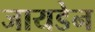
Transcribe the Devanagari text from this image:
जायडेन